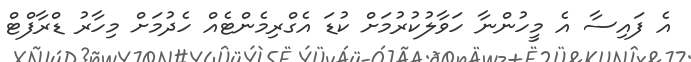
އެ ފައިސާ އެ މީހުންނާ ހަވާލުކުރުމަށް ކުޑަ އެގްރިމެންޓެއް ހެދުމަށް މިހާރު ޑްރާފްޓް